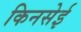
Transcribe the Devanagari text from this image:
किनसेई